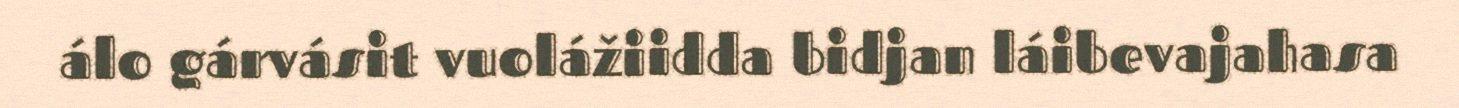
álo gárvásit vuolážiidda bidjan láibevajahasa